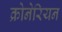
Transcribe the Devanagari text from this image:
क्रोनेरियन